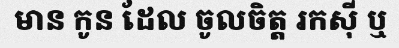
មាន កូន ដែល ចូលចិត្ត រកស៊ី ឬ